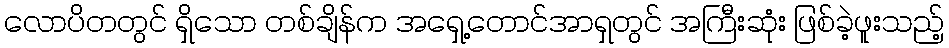
လောပိတတွင် ရှိသော တစ်ချိန်က အရှေ့တောင်အာရှတွင် အကြီးဆုံး ဖြစ်ခဲ့ဖူးသည့်